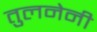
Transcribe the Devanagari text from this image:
तुलनेनी